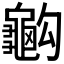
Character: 𪚭